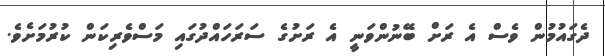
ދެގައުމުން ވެސް އެ ރަށް ބޭނުންވަނީ އެ ރަށުގެ ސަރަހައްދުގައި މަސްވެރިކަން ކުރުމަށެވެ.